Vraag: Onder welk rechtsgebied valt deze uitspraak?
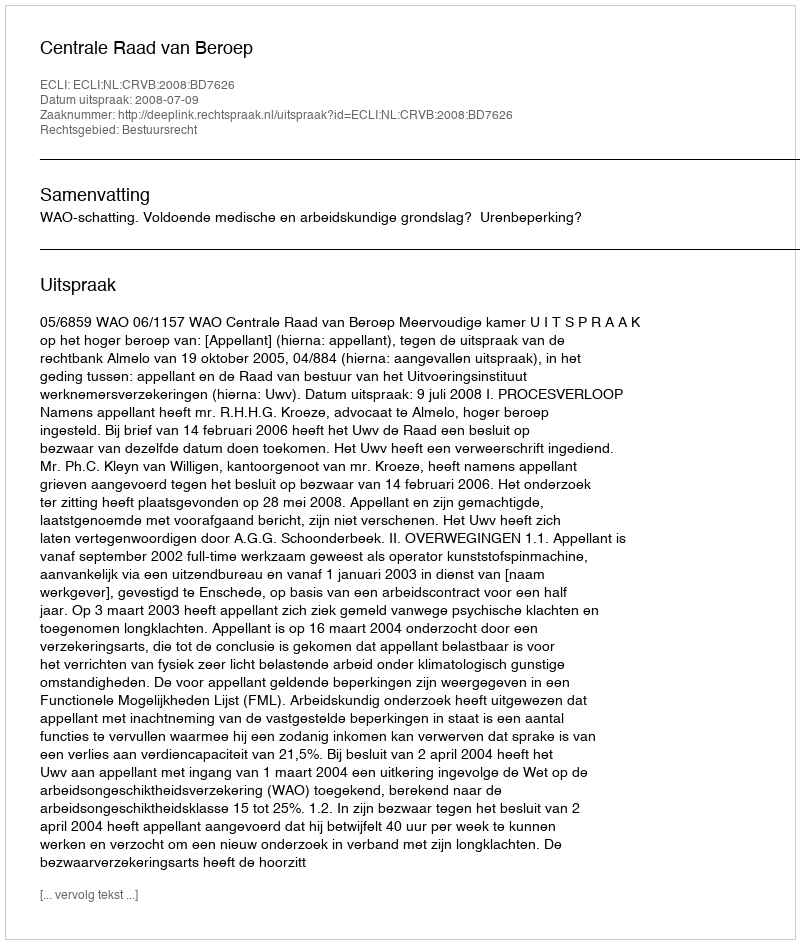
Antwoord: Bestuursrecht